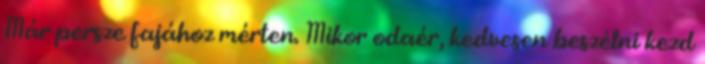
Már persze fajához mérten. Mikor odaér, kedvesen beszélni kezd